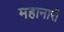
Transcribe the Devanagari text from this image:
महानारी